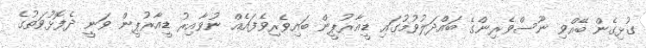
ގުޅިގެން ބޭއްވި ނޫސްވެރިންގެ ބައްދަލުވުމުގައި ޑީއާރުޕީން ބައިވެރިވެފައެއް ނުވާއިރު ޑީއާރުޕީން ވަނީ ދެފޮޅުވަތުގެ